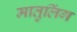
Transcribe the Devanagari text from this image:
मातुलिंग